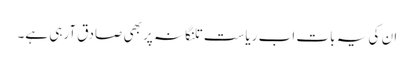
ان کی یہ بات اب ریاست تلنگانہ پر بھی صادق آرہی ہے۔